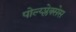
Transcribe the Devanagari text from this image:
पोल्य्प्लेक्सेस